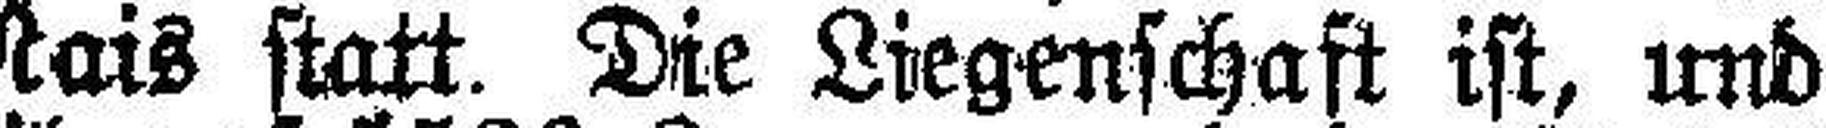
der Spitalegg in Mais statt. Die Liegenschaft ist, und